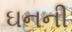
ઘનની